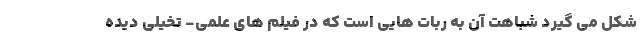
شکل می گیرد شباهت آن به ربات هایی است که در فیلم های علمی- تخیلی دیده